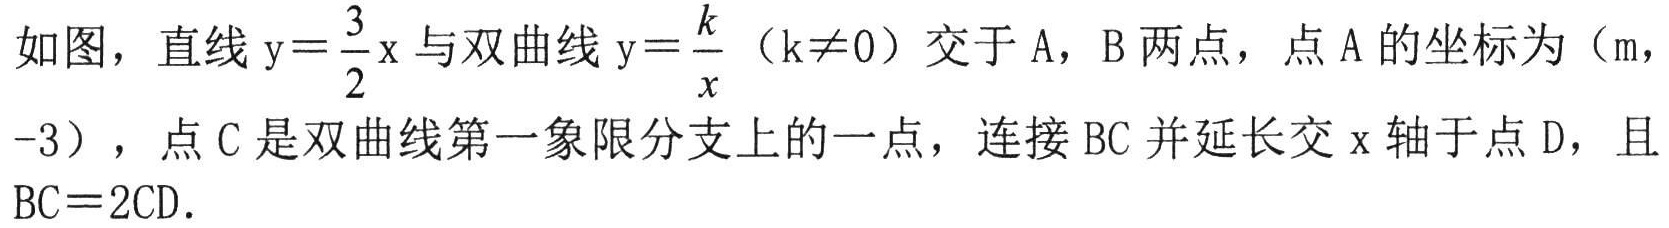
如图，直线$\mathrm{y}=\frac{3}{2}\mathrm{x}$与双曲线$\mathrm{y}=\frac{k}{x}$（$\mathrm{k}\neq 0$）交于$\mathrm{A}$，$\mathrm{B}$两点，点$\mathrm{A}$的坐标为（$\mathrm{m}$，$-3$），点$\mathrm{C}$是双曲线第一象限分支上的一点，连接$\mathrm{B}\mathrm{C}$并延长交$\mathrm{x}$轴于点$\mathrm{D}$，且$\mathrm{B}\mathrm{C}=2\mathrm{C}\mathrm{D}$．